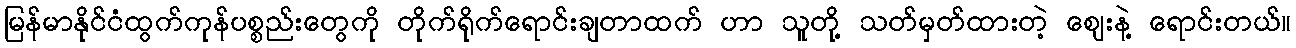
မြန်မာနိုင်ငံထွက်ကုန်ပစ္စည်းတွေကို တိုက်ရိုက်ရောင်းချတာထက် ဟာ သူတို့ သတ်မှတ်ထားတဲ့ ဈေးနဲ့ ရောင်းတယ်။